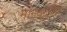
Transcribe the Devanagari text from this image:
मांगवाडीत